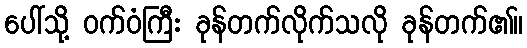
ပေါ်သို့ ဝက်ဝံကြီး ခုန်တက်လိုက်သလို ခုန်တက်၏။